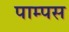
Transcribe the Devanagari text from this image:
पाम्पस